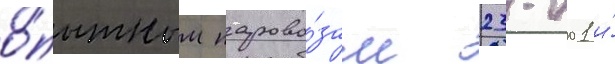
о́пытным парово́зам 23-001 и́